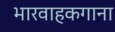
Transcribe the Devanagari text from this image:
भारवाहकगाना